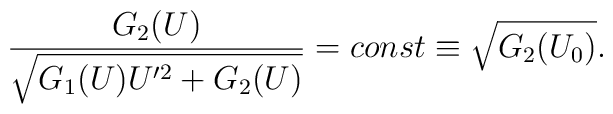
\frac{G_2(U)}{\sqrt{G_1(U) U^{\prime 2} + G_2(U)}} = const\equiv \sqrt{G_2(U_0)}.